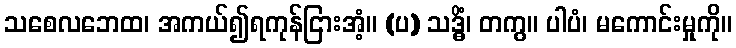
သစေလဘေထ၊ အကယ်၍ရကုန်ငြားအံ့။ (ပ) သဒ္ဓိံ၊ တကွ။ ပါပံ၊ မကောင်းမှုကို။